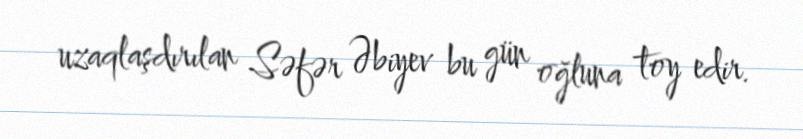
uzaqlaşdırılan Səfər Əbiyev bu gün oğluna toy edir.